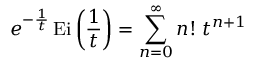
e ^ { - { \frac { 1 } { t } } } \operatorname { E i } \left( { \frac { 1 } { t } } \right) = \sum _ { n = 0 } ^ { \infty } n ! \; t ^ { n + 1 }